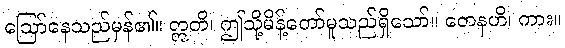
ဩော်နေသည်မှန်၏။ ဣတိ၊ ဤသို့မိန့်တော်မူသည်ရှိသော်။ တေနဟိ၊ ကား။